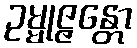
ဥမ္မုဇ္ဇန္တော